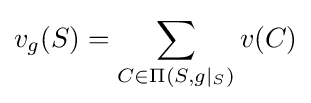
v_{g}(S)=\sum _{C\in \Pi (S,g|_{S})}v(C)